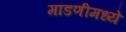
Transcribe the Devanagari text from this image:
मांडणीमध्ये